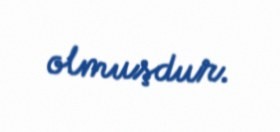
olmuşdur.